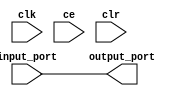
module sysgen_reinterpret_d4ce6da086 (
  input [(34 - 1):0] input_port,
  output [(34 - 1):0] output_port,
  input clk,
  input ce,
  input clr);
  wire signed [(34 - 1):0] input_port_1_40;
  wire [(34 - 1):0] output_port_5_5_force;
  assign input_port_1_40 = input_port;
  assign output_port_5_5_force = input_port_1_40;
  assign output_port = output_port_5_5_force;
endmodule